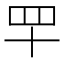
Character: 𦉴